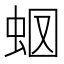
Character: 𧉫